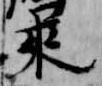
来